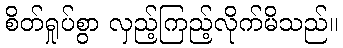
စိတ်ရှုပ်စွာ လှည့်ကြည့်လိုက်မိသည်။